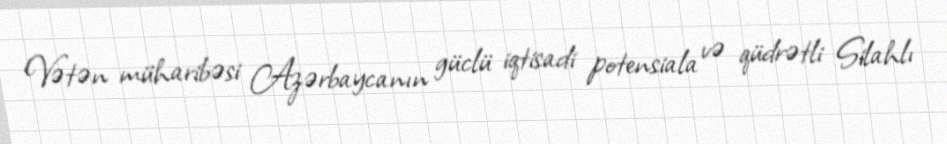
Vətən müharibəsi Azərbaycanın güclü iqtisadi potensiala və qüdrətli Silahlı